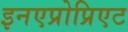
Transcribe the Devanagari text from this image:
इनएप्रोप्रिएट